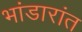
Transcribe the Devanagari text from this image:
भांडारांत